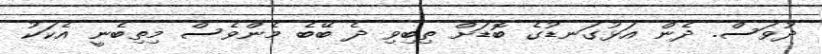
ދުވަސް. ދެން އަޅުގަނޑުގެ ބޮޑަށް ތިބިވި ދެ ބޭބެ މެންވެސް މިތިބެނީ އެކަކު